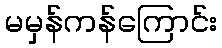
မမှန်ကန်ကြောင်း